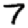
Digit: 7